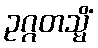
ဥဂ္ဂတသ္မိံ